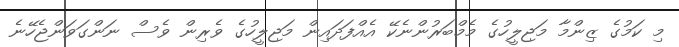
މި ކަމުގެ ޒިންމާ މަޖިލީހުގެ މެމްބަރުންނެކޭ އެއްފަދައިން މަޖިލީހުގެ ވެރިން ވެސް ނަންގަވަންޖެހޭނެ